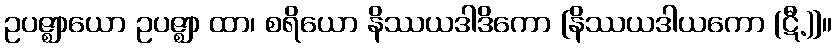
ဥပဇ္ဈာယော ဥပဇ္ဈာ ထာ၊ စရိယော နိဿယဒါဒိကော [နိဿယဒါယကော (ဋီ.)]။